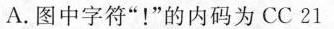
A. 图中字符“！”的内码为 CC 21